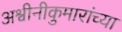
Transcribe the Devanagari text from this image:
अश्वीनीकुमारांच्या